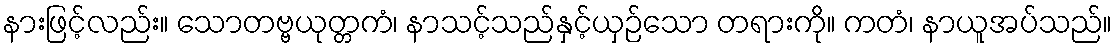
နားဖြင့်လည်း။ သောတဗ္ဗယုတ္တကံ၊ နာသင့်သည်နှင့်ယှဉ်သော တရားကို။ ကတံ၊ နာယူအပ်သည်။